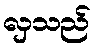
လှသည်